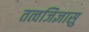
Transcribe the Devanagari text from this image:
तत्वजिज्ञासु